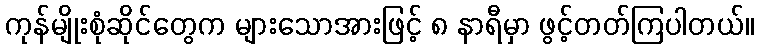
ကုန်မျိုးစုံဆိုင်တွေက များသောအားဖြင့် ၈ နာရီမှာ ဖွင့်တတ်ကြပါတယ်။